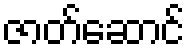
ဇာတ်ဆောင်